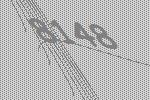
8148